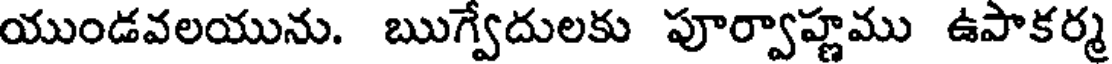
యుండవలయును. ఋగ్వేదులకు పూర్వాహ్ణము ఉపాకర్మ